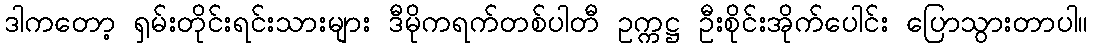
ဒါကတော့ ရှမ်းတိုင်းရင်းသားများ ဒီမိုကရက်တစ်ပါတီ ဥက္ကဋ္ဌ ဦးစိုင်းအိုက်ပေါင်း ပြောသွားတာပါ။